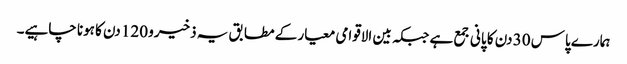
ہمارے پاس 30 دن کا پانی جمع ہے جبکہ بین الاقوامی معیار کے مطابق یہ ذخیرو 120 دن کا ہونا چاہیے۔